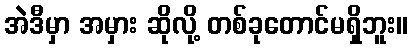
အဲဒီမှာ အမှား ဆိုလို့ တစ်ခုတောင်မရှိဘူး။